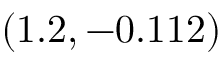
( 1 . 2 , - 0 . 1 1 2 )